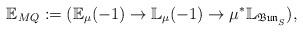
LaTeX: \begin{align*}\mathbb{E}_{MQ}:=(\mathbb{E}_{\mu}(-1)\rightarrow\mathbb{L}_{\mu}(-1)\rightarrow\mu^*\mathbb{L}_{\mathfrak{Bun}^{}_S}),\end{align*}